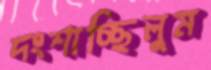
দংশাচ্ছিলুম